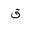
Letter: _qaf